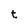
Character: t